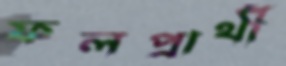
ফলপ্রার্থী